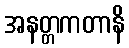
အနတ္တကတာနိ